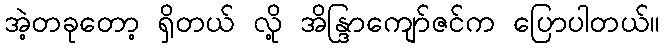
အဲ့တခုတော့ ရှိတယ် လို့ အိန္ဒြာကျော်ဇင်က ပြောပါတယ်။